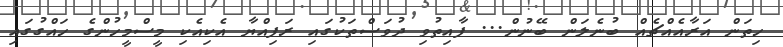
ހިތަން އަރާއެއްޗެއް ބުނެލަން ބޭނުން... ފާއިތުވި ދުވަސްތަކުގައި ރަފިއްޔާ އެކިއެކި މީސްމީހުންގެ ހައްގުގައި